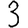
Digit: 3